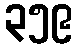
၃၅၉